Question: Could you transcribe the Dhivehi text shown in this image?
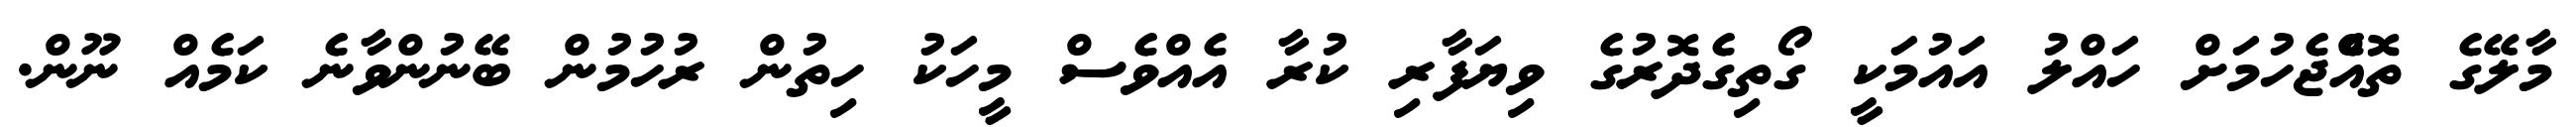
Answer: މާލޭގެ ތޮއްެޖެހުމަށް ހައްލު އައުމަކީ ގޯތިގެދޮރުގެ ވިޔަފާރި ކުރާ އެއްވެސް މީހަކު ހިތުން ރުހުމުން ބޭނުންވާނެ ކަމެއް ނޫން.